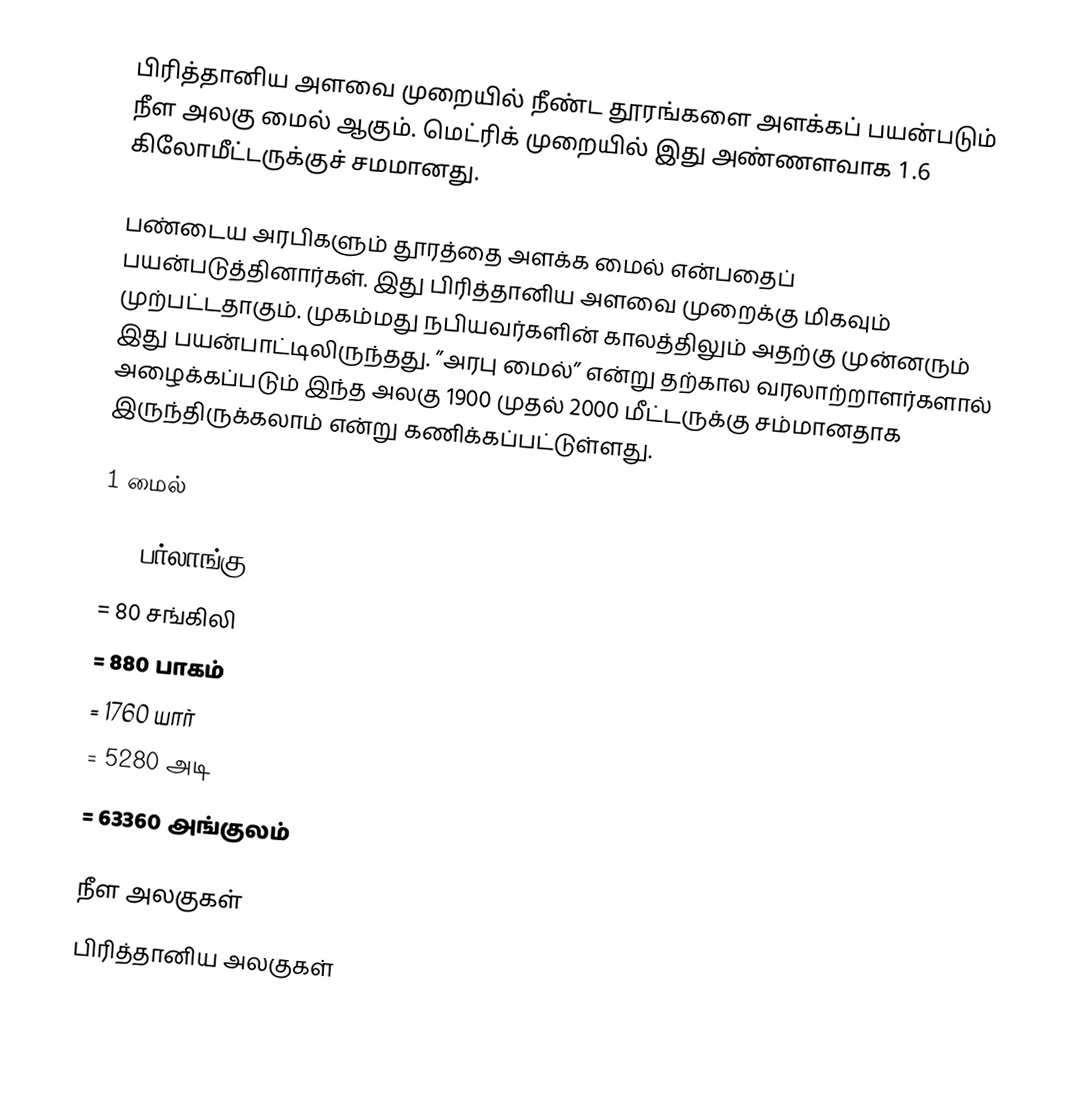
பிரித்தானிய அளவை முறையில் நீண்ட தூரங்களை அளக்கப் பயன்படும் நீள அலகு மைல் ஆகும். மெட்ரிக் முறையில் இது அண்ணளவாக 1.6 கிலோமீட்டருக்குச் சமமானது.

பண்டைய அரபிகளும் தூரத்தை அளக்க மைல் என்பதைப் பயன்படுத்தினார்கள். இது பிரித்தானிய அளவை முறைக்கு மிகவும் முற்பட்டதாகும். முகம்மது நபியவர்களின் காலத்திலும் அதற்கு முன்னரும் இது பயன்பாட்டிலிருந்தது. ”அரபு மைல்” என்று தற்கால வரலாற்றாளர்களால் அழைக்கப்படும் இந்த அலகு 1900 முதல் 2000 மீட்டருக்கு சம்மானதாக இருந்திருக்கலாம் என்று கணிக்கப்பட்டுள்ளது.

1 மைல்

 =     8 பர்லாங்கு
 =    80 சங்கிலி
 =   880 பாகம்
 =  1760 யார்
 =  5280 அடி
 = 63360 அங்குலம்

நீள அலகுகள்
பிரித்தானிய அலகுகள்